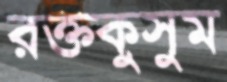
রক্তকুসুম